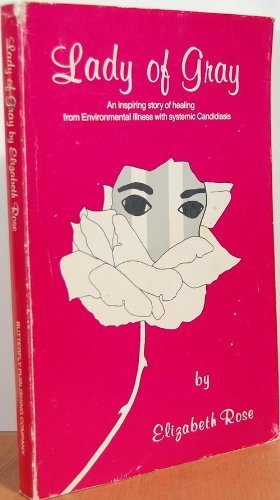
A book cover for Lady of gray: An inspiring story of healing from environmental illness with systemic candidiasis; Elizabeth Rose; Health, Fitness & Dieting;